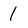
Character: 1